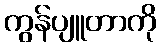
ကွန်ပျူတာကို